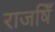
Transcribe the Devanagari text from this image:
राजषिँ